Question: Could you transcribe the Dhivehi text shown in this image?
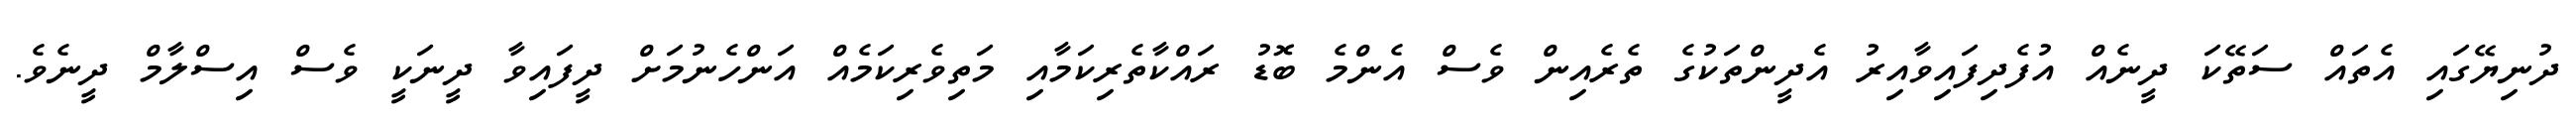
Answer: ދުނިޔޭގައި އެތައް ސަތޭކަ ދީނެއް އުފެދިފައިވާއިރު އެދީންތަކުގެ ތެރެއިން ވެސް އެންމެ ބޮޑު ރައްކާތެރިކަމާއި މަތިވެރިކަމެއް އަންހެނުމަށް ދީފައިވާ ދީނަކީ ވެސް އިސްލާމް ދީނެވެ.